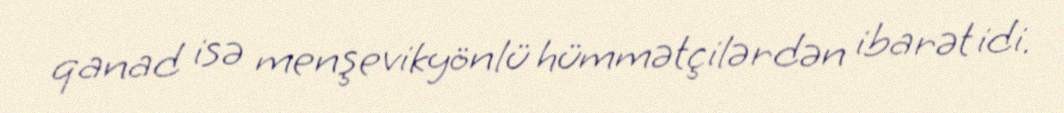
qanad isə menşevikyönlü hümmətçilərdən ibarət idi.